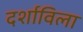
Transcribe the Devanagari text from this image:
दर्शाविला